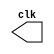
// ----------------------------------
// -- Pedro Henrique Lima Pinheiro --
// -- 451605 ------------------------
// -- test clock generator (1) ------
// ----------------------------------
module clock ( clk );
output clk;
reg clk;
initial
begin
clk = 1'b0;
end
always
begin
#12 clk = ~clk;
end
endmodule // clock ( )
module Exemplo0041;
wire clk;
clock CLK1 ( clk );
initial begin
$dumpfile ( "Exemplo041.vcd" );
$dumpvars;
#120 $finish;
end
endmodule // Exemplo041 ( )